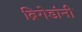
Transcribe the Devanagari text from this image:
ब्रिगेडांनी